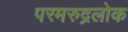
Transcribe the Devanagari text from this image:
परमरुद्रलोक